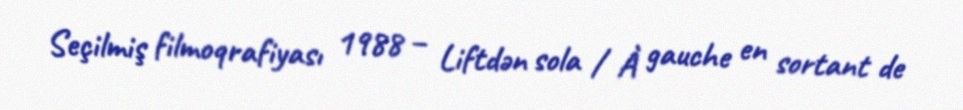
Seçilmiş filmoqrafiyası 1988 – Liftdən sola / À gauche en sortant de